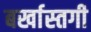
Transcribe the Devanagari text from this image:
बर्खास्‍तगी